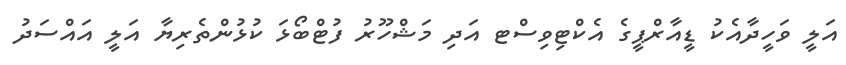
އަލީ ވަހީދާއެކު ޑީއާރްޕީގެ އެކްޓިވިސްޓ އަދި މަޝްހޫރު ފުޓްބޯޅަ ކުޅުންތެރިޔާ އަލީ އައްސަދު